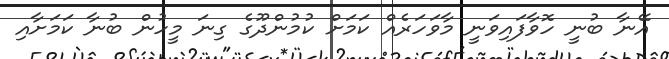
އޭނާ ބުނީ ހޮވާފައިވަނީ މާވަހަރެއް ކަމަށް ކުމުންދޫގެ ގިނަ މީހުން ބުނާ ކަމަށާއި